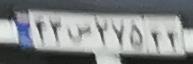
۹۴س۲۷۵۲۴